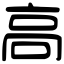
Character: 高